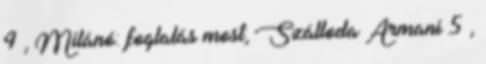
4 , Milánó: foglalás most; Szálloda Armani 5 ,